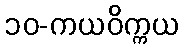
၁၀-ကယဝိက္ကယ